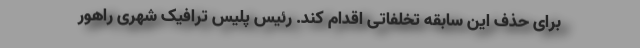
برای حذف این سابقه تخلفاتی اقدام کند. رئیس پلیس ترافیک شهری راهور